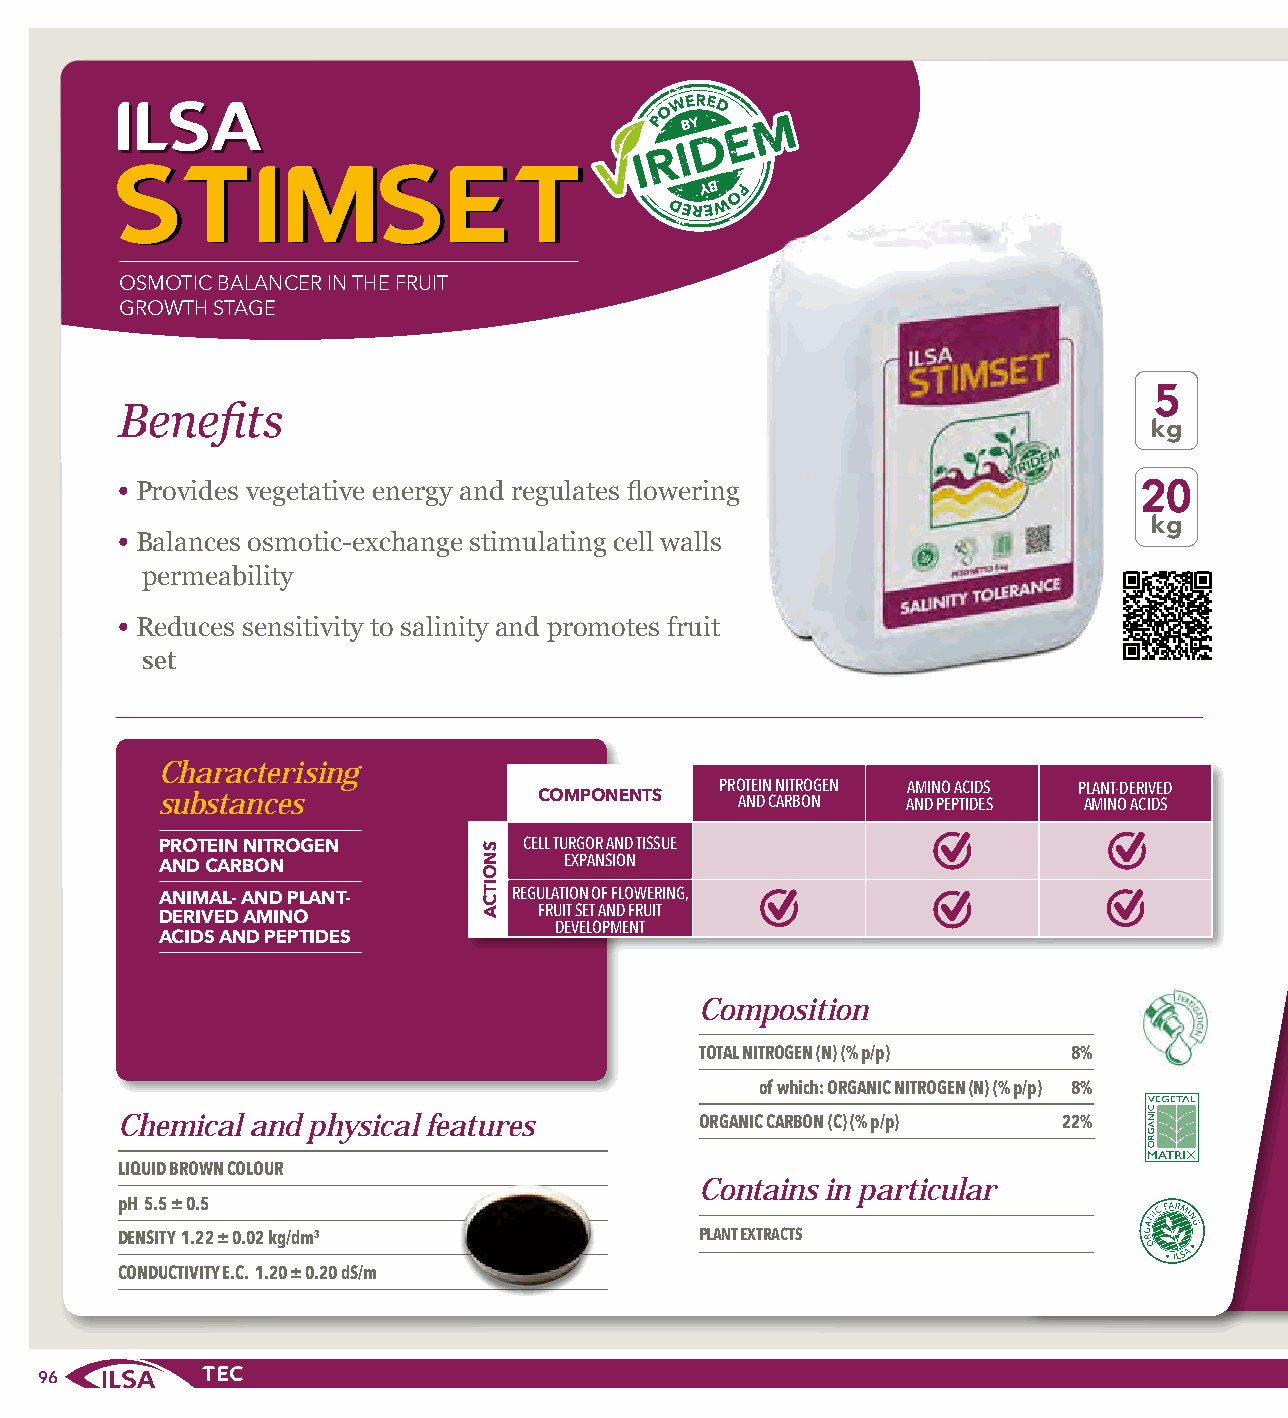
SSTTIIMMSSEETT
 OSMOTIC BALANCER IN THE FRUIT
 GROWTH STAGE
 5
 Benefits
 kg
 • Provides vegetative energy and regulates flowering                20
 kg
 • Balances osmotic-exchange stimulating cell walls
 permeability
 • Reduces sensitivity to salinity and promotes fruit
 set
 Characterising
 PROTEIN NITROGEN AMINO ACIDS PLANT-DERIVED
 substances                COMPONENTS   AND CARBON AND PEPTIDES AMINO ACIDS
 CELL TURGOR AND TISSUE PROTEIN NITROGEN
 EXPANSION
 AND CARBON
 REGULATION OF FLOWERING,
 ANIMAL- AND PLANT-
 FRUIT SET AND FRUIT
 DERIVED AMINO              DEVELOPMENT
 ACIDS AND PEPTIDES
 Composition
 TOTAL NITROGEN (N) (% p/p) 8%
 of which: ORGANIC NITROGEN (N) (% p/p) 8%
 Chemical and physical features        ORGANIC CARBON (C) (% p/p) 22%
 LIQUID BROWN COLOUR
 Contains in particular
 pH 5.5 ± 0.5
 DENSITY 1.22 ± 0.02 kg/dm3            PLANT EXTRACTS
 CONDUCTIVITY E.C. 1.20 ± 0.20 dS/m
 96
 SNOITCA